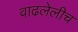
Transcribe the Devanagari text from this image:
वाढलेलीच